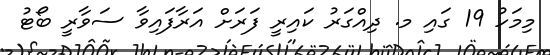
މިމަހު 19 ގައި މ. ދިއްގަރު ކައިރީ ފަރަށް އަރާފައިވާ ސަވާރީ ބޯޓު